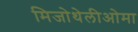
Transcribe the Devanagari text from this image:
मिजोथेलीओमा